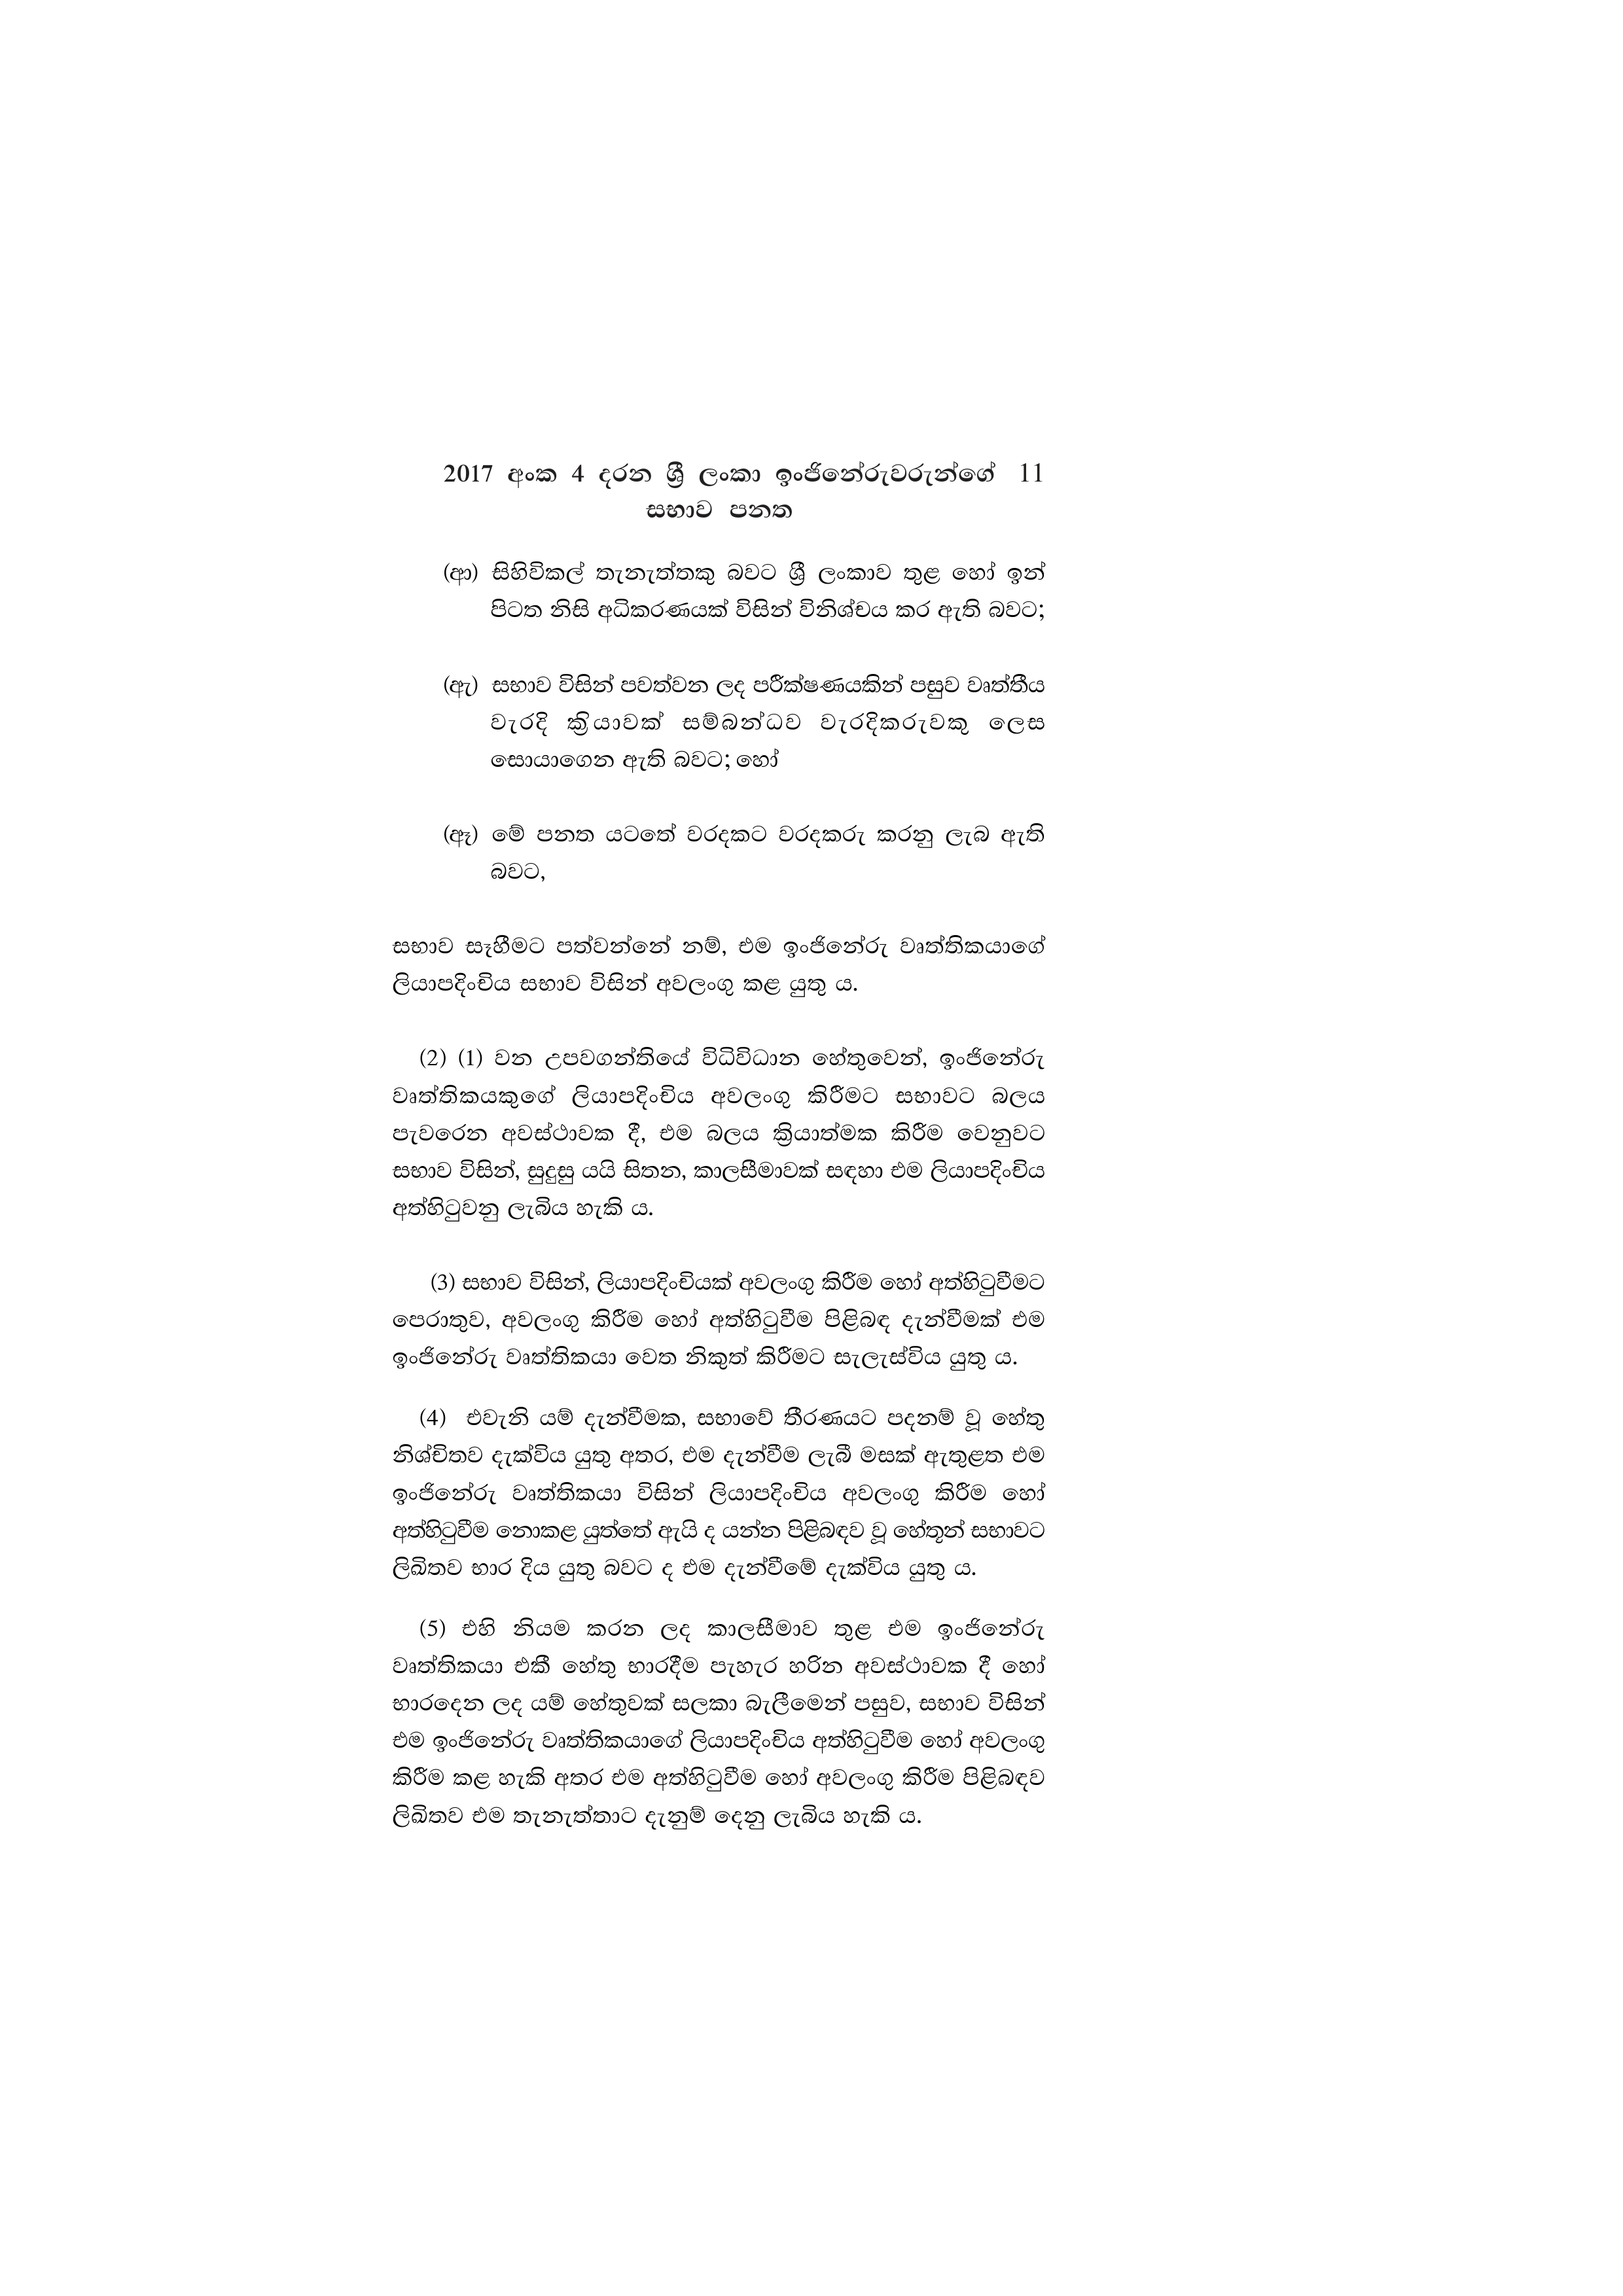
2017 අංක 4 දරන ශ්‍රී ලංකා ඉංජිනේරුවරුන්ගේ 11
සභාව පනත

(ආ) සිහිවිකල් තැනැත්තකු බවට ශ්‍රී ලංකාව තුළ හෝ ඉන්
පිටත නිසි අධිකරණයක් විසින් විනිශ්චය කර ඇති බවට;

(ඇ) සභාව විසින් පවත්වන ලද පරීක්ෂණයකින් පසුව වෘත්තීය
වැරදි ක්‍රියාවක් සම්බන්ධව වැරදිකරුවකු ලෙස
සොයාගෙන ඇති බවට; හෝ

(ඈ) මේ පනත යටතේ වරදකට වරදකරු කරනු ලැබ ඇති
බවට,

සභාව සෑහීමට පත්වන්නේ නම්, එම ඉංජිනේරු වෘත්තිකයාගේ
ලියාපදිංචිය සභාව විසින් අවලංගු කළ යුතු ය.

(2) (1) වන උපවගන්තියේ විධිවිධාන හේතුවෙන්, ඉංජිනේරු
වෘත්තිකයකුගේ ලියාපදිංචිය අවලංගු කිරීමට සභාවට බලය
පැවරෙන අවස්ථාවක දී, එම බලය ක්‍රියාත්මක කිරීම වෙනුවට
සභාව විසින්, සුදුසු යයි සිතන, කාලසීමාවක් සඳහා එම ලියාපදිංචිය
අත්හිටුවනු ලැබිය හැකි ය.

(3) සභාව විසින්, ලියාපදිංචියක් අවලංගු කිරීම හෝ අත්හිටුවීමට
පෙරාතුව, අවලංගු කිරීම හෝ අත්හිටුවීම පිළිබඳ දැන්වීමක් එම
ඉංජිනේරු වෘත්තිකයා වෙත නිකුත් කිරීමට සැලැස්විය යුතු ය.

(4) එවැනි යම් දැන්වීමක, සභාවේ තීරණයට පදනම් වූ හේතු
නිශ්චිතව දැක්විය යුතු අතර, එම දැන්වීම ලැබී මසක් ඇතුළත එම
ඉංජිනේරු වෘත්තිකයා විසින් ලියාපදිංචිය අවලංගු කිරීම හෝ
අත්හිටුවීම නොකළ යුත්තේ ඇයි ද යන්න පිළිබඳව වූ හේතූන් සභාවට
ලිඛිතව භාර දිය යුතු බවට ද එම දැන්වීමේ දැක්විය යුතු ය.

(5) එහි නියම කරන ලද කාලසීමාව තුළ එම ඉංජිනේරු
වෘත්තිකයා එකී හේතු භාරදීම පැහැර හරින අවස්ථාවක දී හෝ
භාරදෙන ලද යම් හේතුවක් සලකා බැලීමෙන් පසුව, සභාව විසින්
එම ඉංජිනේරු වෘත්තිකයාගේ ලියාපදිංචිය අත්හිටුවීම හෝ අවලංගු
කිරීම කළ හැකි අතර එම අත්හිටුවීම හෝ අවලංගු කිරීම පිළිබඳව
ලිඛිතව එම තැනැත්තාට දැනුම් දෙනු ලැබිය හැකි ය.